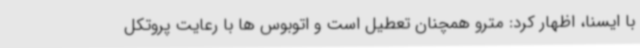
با ایسنا، اظهار کرد: مترو همچنان تعطیل است و اتوبوس ها با رعایت پروتکل